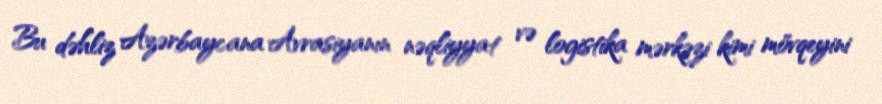
Bu dəhliz Azərbaycana Avrasiyanın nəqliyyat və logistika mərkəzi kimi mövqeyini